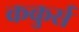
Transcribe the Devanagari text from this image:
ककुर्स